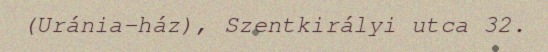
(Uránia-ház), Szentkirályi utca 32.